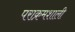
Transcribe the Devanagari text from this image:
पराक्रमशाली